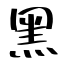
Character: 黑